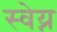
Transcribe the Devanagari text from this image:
स्वेय्न